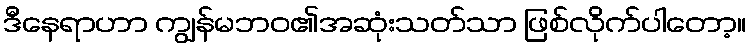
ဒီနေရာဟာ ကျွန်မဘဝ၏အဆုံးသတ်သာ ဖြစ်လိုက်ပါတော့။